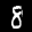
Digit: 8